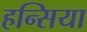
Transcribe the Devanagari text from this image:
हन्सिया